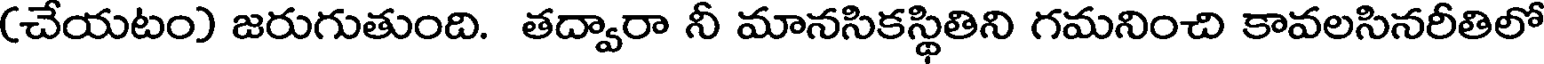
(చేయటం) జరుగుతుంది. తద్వారా నీ మానసికస్థితిని గమనించి కావలసినరీతిలో